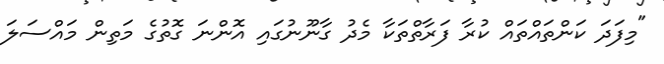
"މިފަދަ ކަންތައްތައް ކުރާ ފަރާތްތަކާ މެދު ގާނޫނުގައި އޮންނަ ގޮތުގެ މަތިން މައްސަލަ